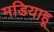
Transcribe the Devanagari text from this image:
मडियाहू